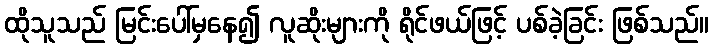
ထိုသူသည် မြင်းပေါ်မှနေ၍ လူဆိုးများကို ရိုင်ဖယ်ဖြင့် ပစ်ခဲ့ခြင်း ဖြစ်သည်။